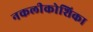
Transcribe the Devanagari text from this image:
नकलीकोशिका